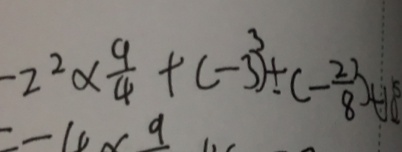
- 2 ^ { 2 } \times \frac { 9 } { 4 } + ( - 3 ) ^ { 3 } \pm ( - \frac { 2 7 } { 8 } ) - ( - 1 1 ) ^ { 5 }